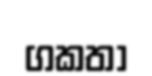
ගකතා